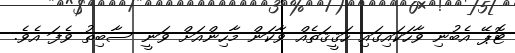
ޓޮޕޭ އެބުނި ވާހަކައިގައި ހަޤީޤަތެއް ވާކަން މާހިންއަށް ވަނީ ސާބިތު ވެފަ އެވެ.